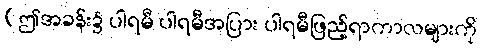
(ဤအခန်း၌ ပါရမီ ပါရမီအပြား ပါရမီဖြည့်ရာကာလများကို